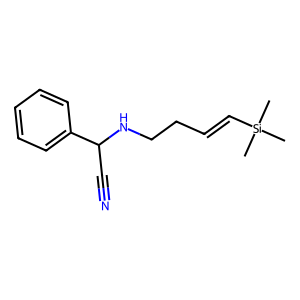
SMILES: C[Si](C)(C)C=CCCNC(C#N)c1ccccc1
Inhibits HIV replication: No